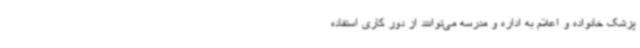
پزشک خانواده و اعلام به اداره و مدرسه می‌توانند از دور کاری استفاده